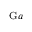
_ { \mathrm { G } a }